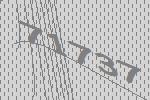
71737